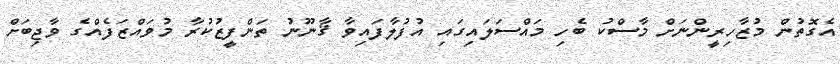
އެގޮތުން މުޒާހިރީންނަށް މާސްކު ބެހި މައްސަލައިގައި އުފުލާފައިވާ ޤާނޫނު ތަންފީޒުކުރާ މުވައްޒަފެއްގެ ވާޖިބަށް